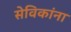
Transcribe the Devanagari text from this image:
सेविकांना